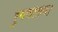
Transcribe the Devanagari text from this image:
रुगणालय।